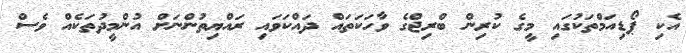
އެކި ޕޯޑިއަމްތަކުގައި މީގެ ކުރިން ބްރިޖްގެ ވާހަކަތައް ދައްކަވައި ރައްޔިތުންނަށް އުންމީދުތަކެެއް ވެސް